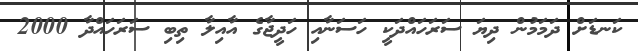
ކަނޑަށް ދަމަމުން ދިޔަ ސަރަހައްދަކީ ހަސަނާއި ހަދީޖާގެ އާއިލާ ތިބި ސަރަހައްދާ 2000